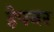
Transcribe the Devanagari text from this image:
हेपनर